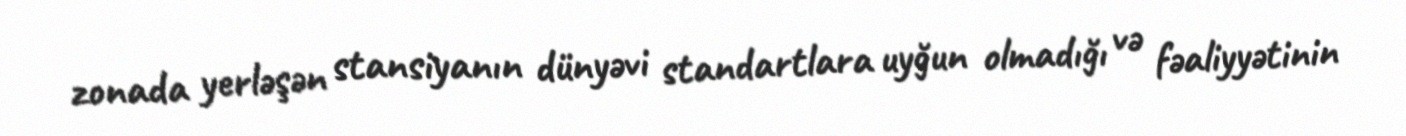
zonada yerləşən stansiyanın dünyəvi standartlara uyğun olmadığı və fəaliyyətinin